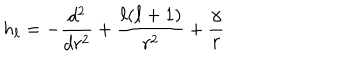
LaTeX: h _ { \ell } = - \frac { d ^ { 2 } } { d r ^ { 2 } } + \frac { \ell ( \ell + 1 ) } { r ^ { 2 } } + \frac { \gamma } { r }